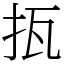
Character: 㧚